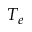
T _ { e }